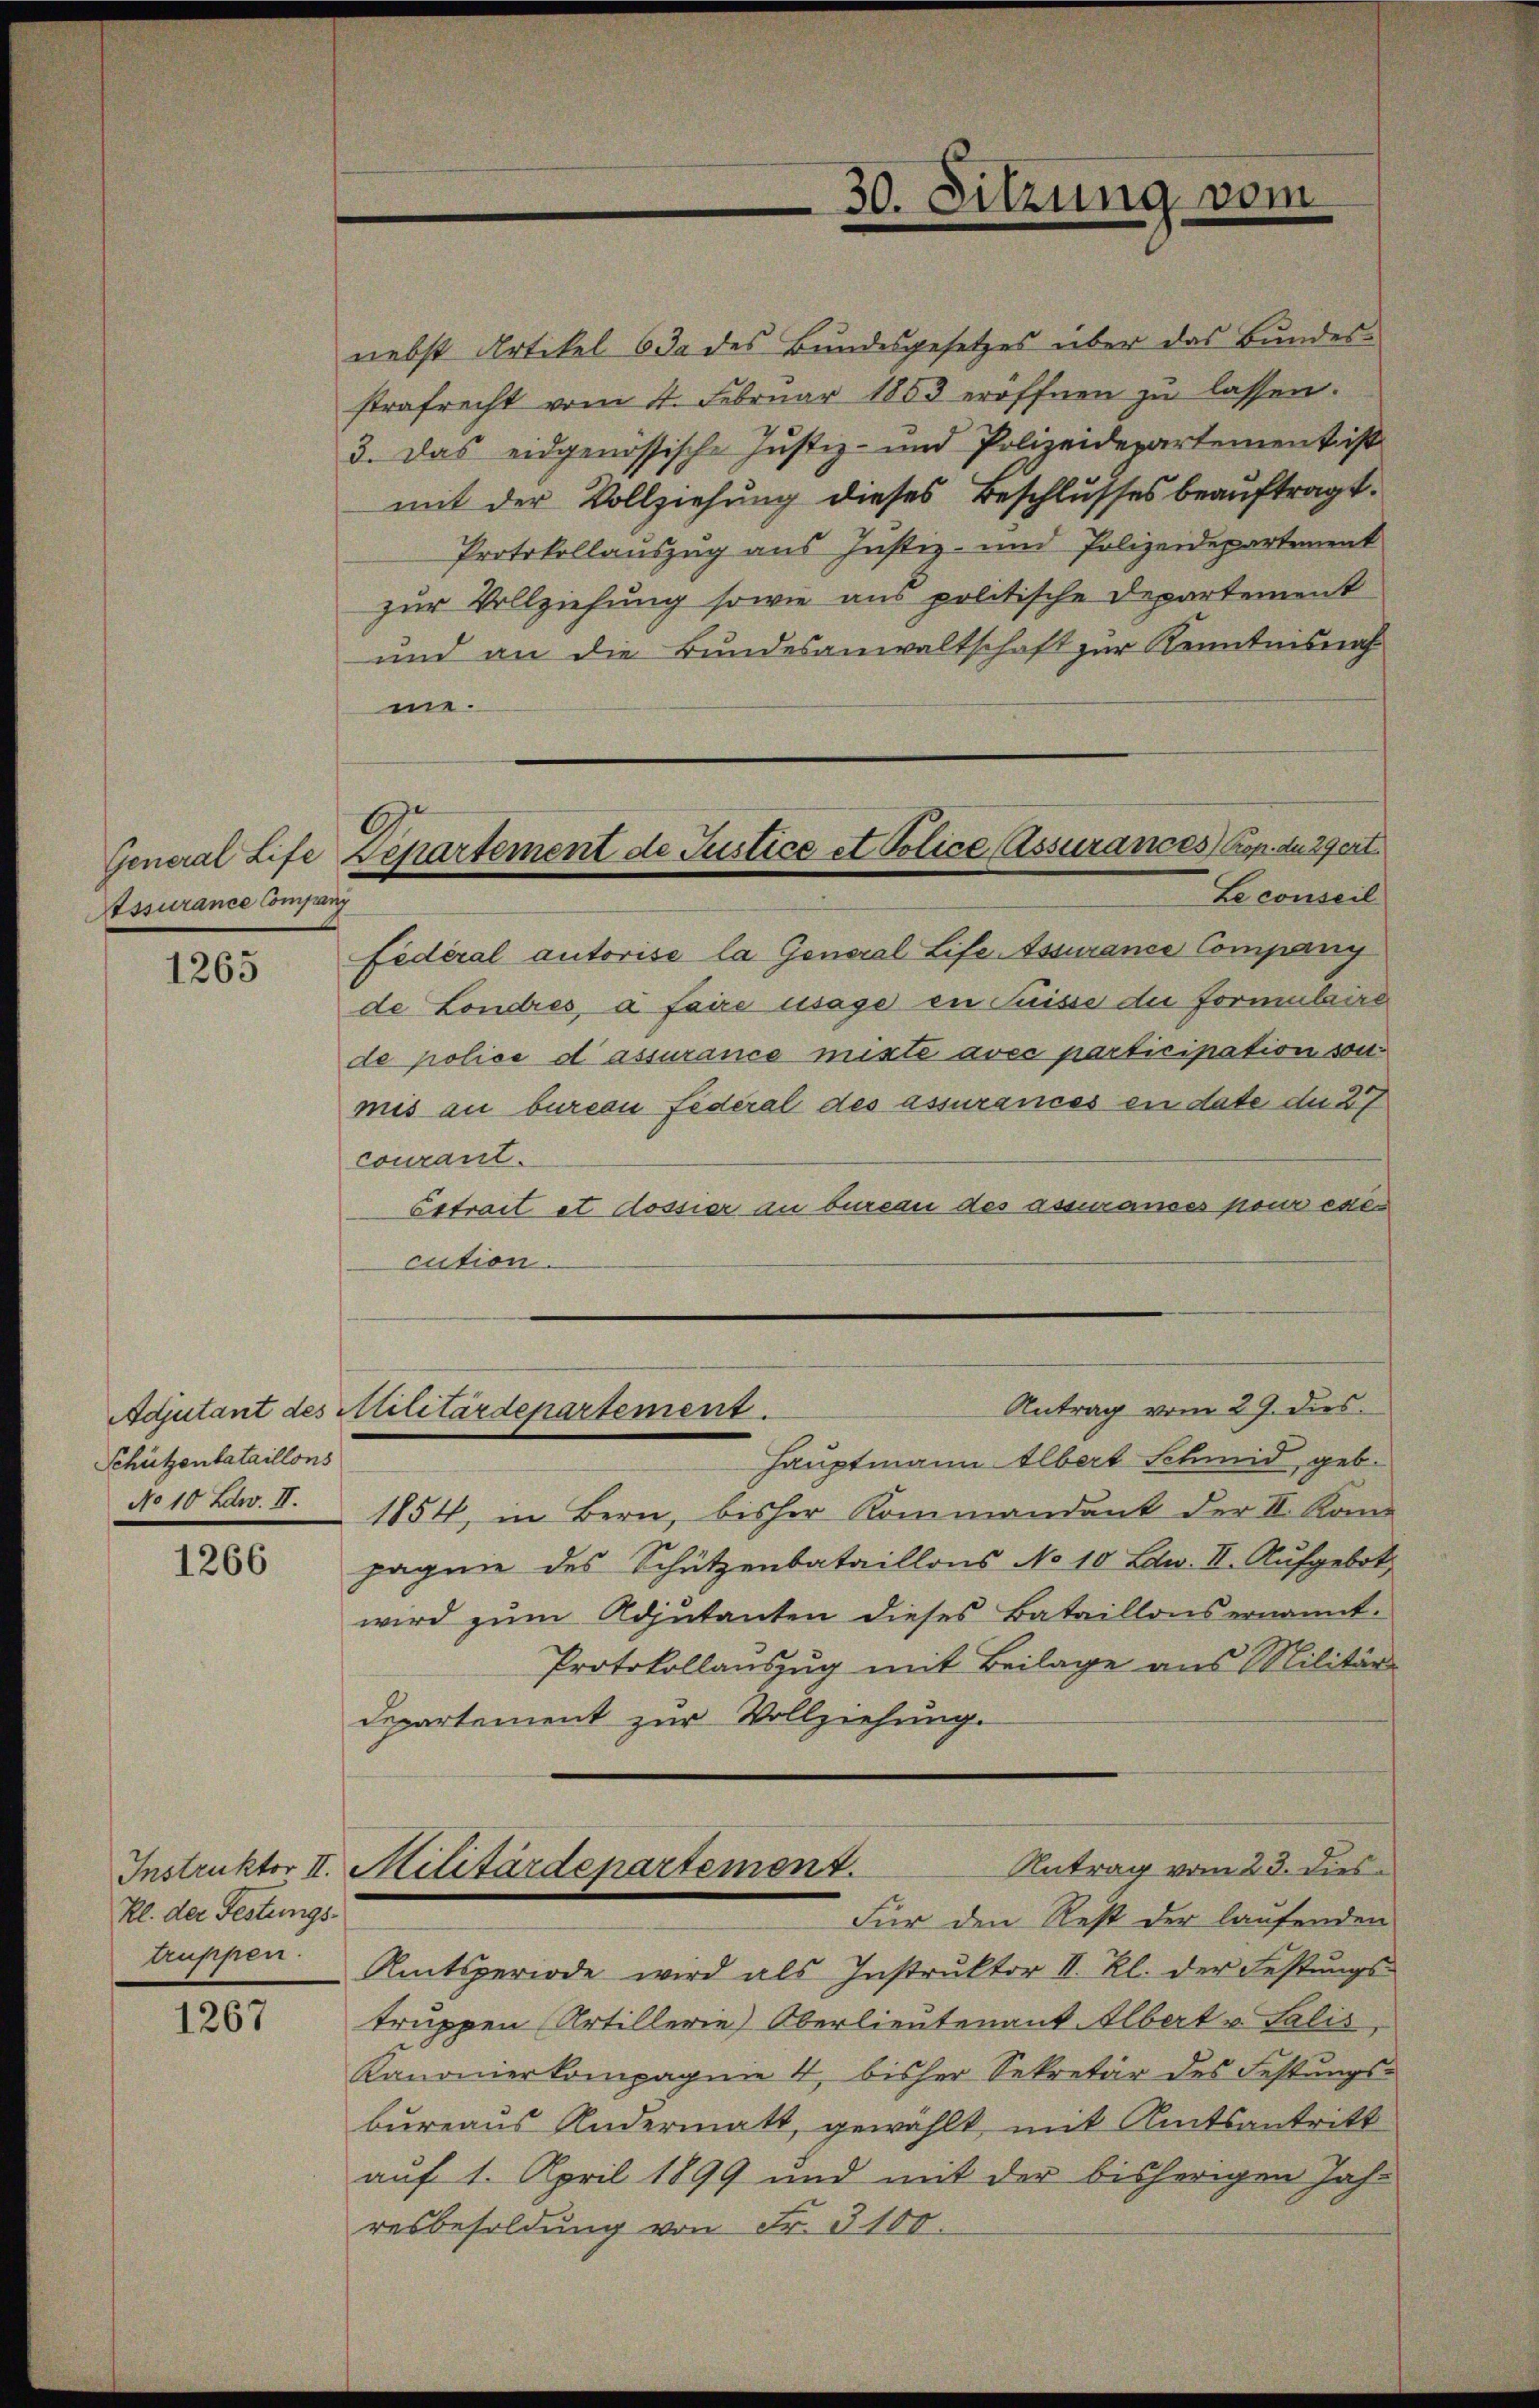
30. Sitzung vom

nebst Artikel 6 da des Bundesgesetzes über das Bundesstrafrecht vom 4. Februar 1853 eröffnen zu lassen.
3. Das eidgenössische Justiz- und Polizeidepartementris
mit der Vollziehung dieses Beschlusses beauftragt.
Protokollauszug aus Justiz- und Polizeidepartement
zur Vollziehung sowie aus politische Departement
und an die Bundesanwaltschaft zur Kenntnisnah
me.
Federal autorise la General Life Assurance Company
de Londres, à faire usage in Suisse die Formulaire
de police d assurance mixte avec participation von
mis au bureau Federal des assurances en date du 27
courant.
Estrait et dossier an bureau des assurances pour exe
cution.
Antrag vom 29. dies
Adjutant des Militärdepartement.
Hauptmann Elbert Schmid, geb.
No 10 Lt. II. 1854, in Bern, bisher Kommandant der II. Kan
pagnie des Schützenbataillons No 10 Low. II. Aufgebot
wird zŭm Adjutanten dieses Bataillons ernannt.
Protokollauszug mit Beilage aus Militär
Departement zur Vollziehung.
Antrag vom 23. dies
Instruktor II. Militärdepartement
Für den Rest der laufenden
truppen. Amtsperiode wird als Instrŭktor II. Kl. der Festŭngs-
truppen (Artillerie) Oberlieutenant Albert v. Salis
Kanonierkompagnie 4 bisher Sekretär des Festungs-
bureaus Andermatt, gewählt mit Amtsantritt
auf 1. April 1899 und mit der bisherigen Jahr
resbesoldung von Fr. 3100.

General Life Departement de Justice et Police (Assurances Kop. der Zert
Le conseil

Stssurance Company

1265

Schützenbataillons

1266

Kl. der Festungs¬

1267